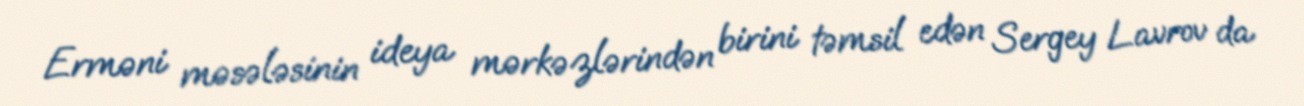
Erməni məsələsinin ideya mərkəzlərindən birini təmsil edən Sergey Lavrov da